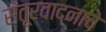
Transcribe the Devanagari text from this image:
संतूरवादनाचे